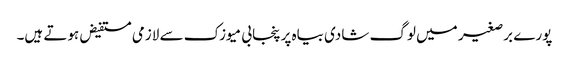
پورے برصغیر میں لوگ شادی بیاہ پر پنجابی میوزک سے لازمی مستفیض ہوتے ہیں۔